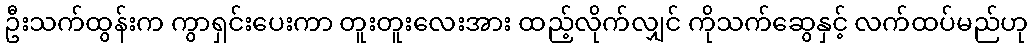
ဦးသက်ထွန်းက ကွာရှင်းပေးကာ တူးတူးလေးအား ထည့်လိုက်လျှင် ကိုသက်ဆွေနှင့် လက်ထပ်မည်ဟု